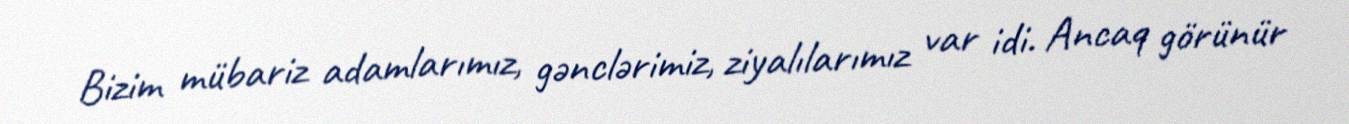
Bizim mübariz adamlarımız, gənclərimiz, ziyalılarımız var idi. Ancaq görünür